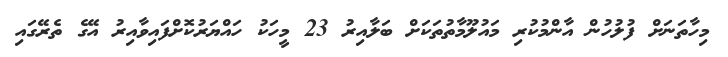
މިހާތަނަށް ފުލުހުން އާންމުކުރި މައުލޫމާތުތަކަށް ބަލާއިރު 23 މީހަކު ހައްޔަރުކޮށްފައިވާއިރު އޭގެ ތެރޭގައި